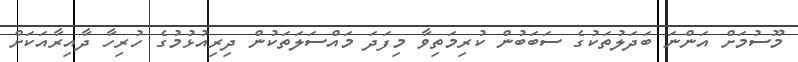
މޫސުމަށް އަންނަ ބަދަލުތަކުގެ ސަބަބުން ކުރިމަތިވާ މިފަދަ މައްސަލަތަކުން ދިރިއުޅުމުގެ ހުރިހާ ދާއިރާއަކަށް